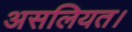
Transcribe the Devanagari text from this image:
असलियत।